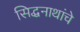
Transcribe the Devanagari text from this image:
सिद्धनाथांचे